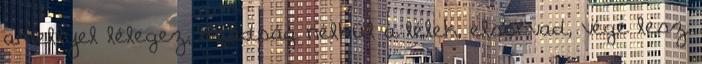
amellyel lélegez; imádság nélkül a lélek, elsorvad, vége lesz